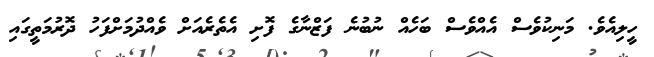
ހީލިއެވެ. މަނިކުވެސް އެއްވެސް ބަހެއް ނުބުނެ ފަޒްނާގެ ފޮށި އެތެރެއަށް ވެއްދުމަށްފަހު ދޮރުމަތީގައި